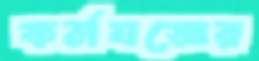
কর্মযজ্ঞের